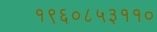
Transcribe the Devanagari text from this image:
१९६०८५३११०